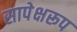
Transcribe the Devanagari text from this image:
सापेक्षरूप